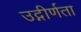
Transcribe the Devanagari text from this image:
उद्गीर्णता